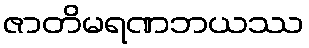
ဇာတိမရဏဘယဿ